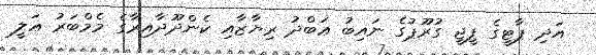
އަދި ޕާޓީގެ ޕީޖީ ގުރޫޕުގެ ނައިބު ޢަބްދު ރިޔާޒާއި ކެންދޫދާއިރާގެ މެމްބަރު ޢަލީ